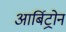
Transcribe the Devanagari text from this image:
आर्बिट्रोन